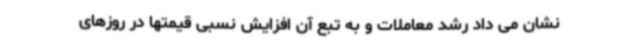
نشان می داد رشد معاملات و به تبع آن افزایش نسبی قیمتها در روزهای